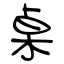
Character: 桌